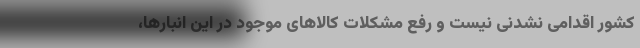
کشور اقدامی نشدنی نیست و رفع مشکلات کالاهای موجود در این انبارها،